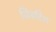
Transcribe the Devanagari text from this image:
जिबरिश